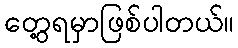
တွေ့ရမှာဖြစ်ပါတယ်။